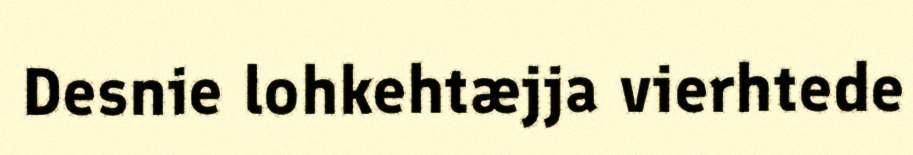
Desnie lohkehtæjja vierhtede